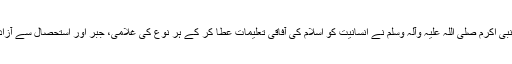
حضور نبی اکرم صلی اللہ علیہ وآلہ وسلم نے انسانیت کو اسلام کی آفاقی تعلیمات عطا کر کے ہر نوع کی غلامی، جبر اور استحصال سے آزاد کر دیا۔